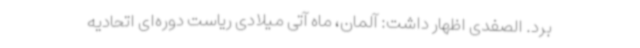
برد. الصفدی اظهار داشت: آلمان، ماه آتی میلادی ریاست دوره‌ای اتحادیه